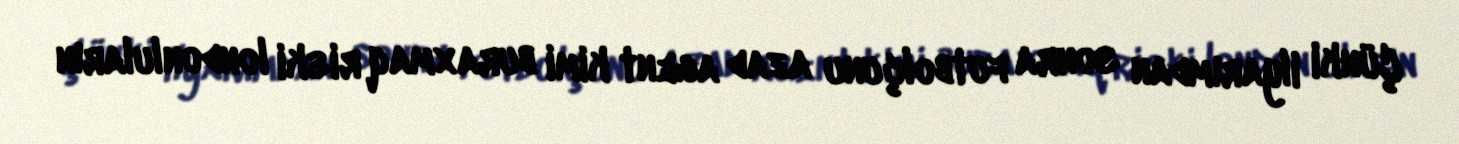
Çünki ilyarımdan sonra futbolçunu azad agent kimi buraxmaq riski londonluların